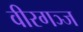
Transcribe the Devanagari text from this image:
वीरगञ्ज